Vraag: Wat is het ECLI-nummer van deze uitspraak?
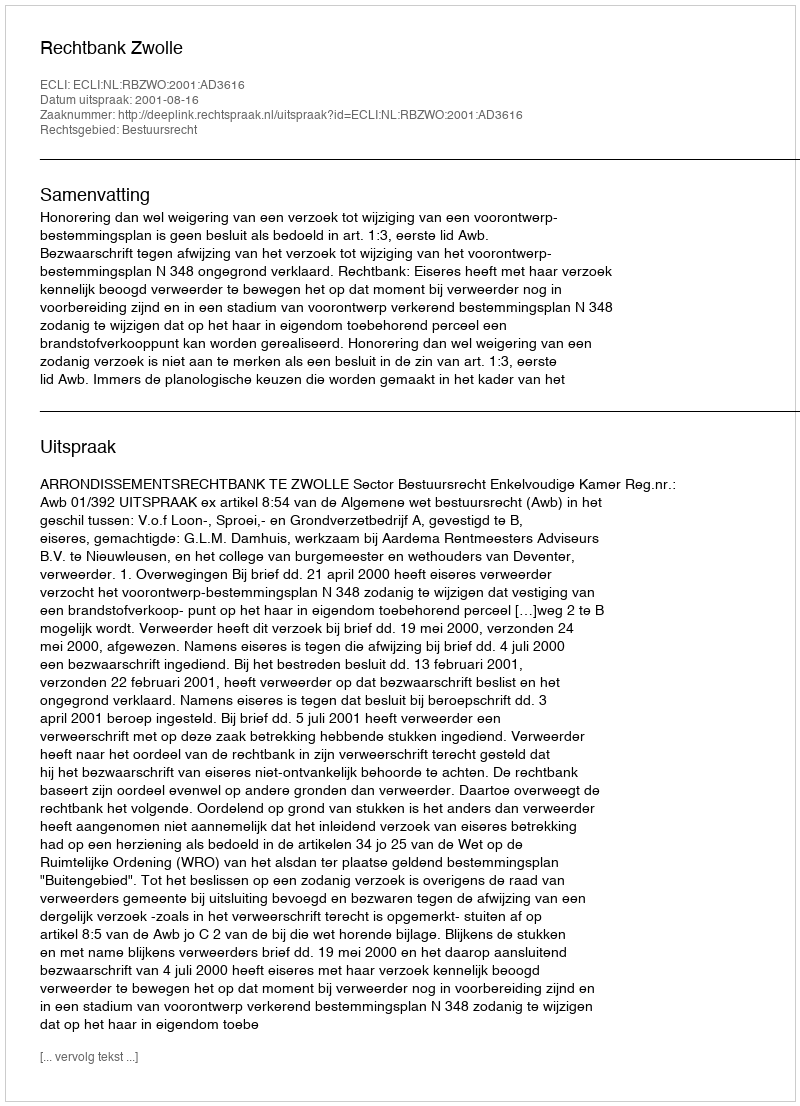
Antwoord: ECLI:NL:RBZWO:2001:AD3616